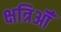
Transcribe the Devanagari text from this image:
क्षत्रिऑँ